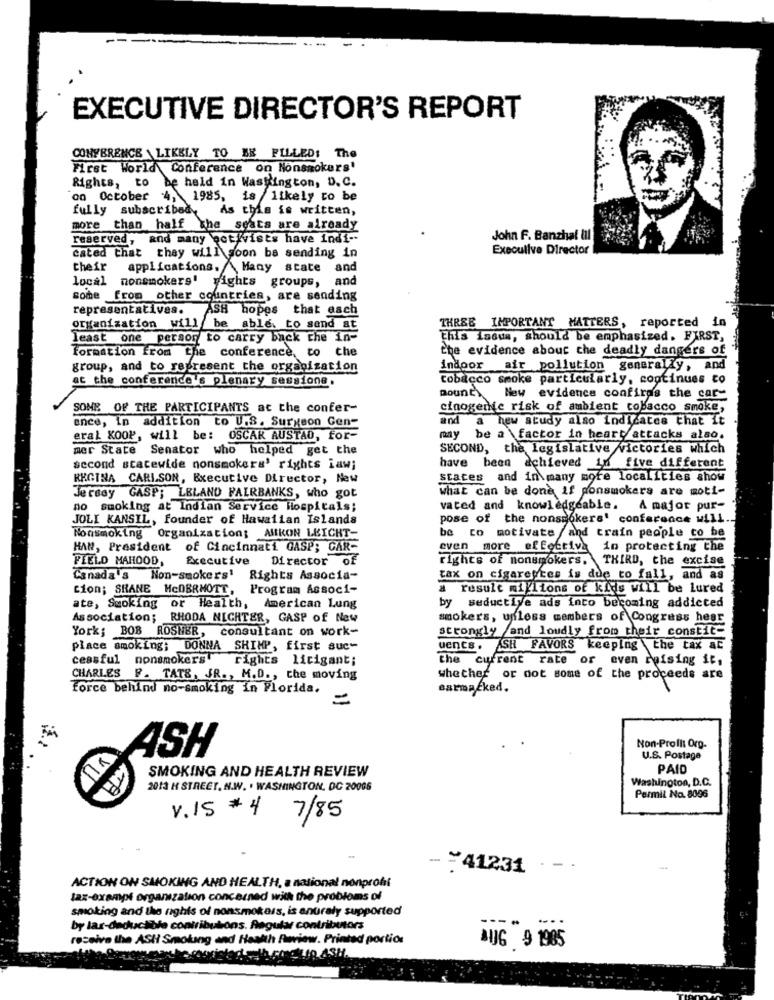
EXECUTIVE DIRECTOR'S REPORT
CONFERENCE \ LIKELY TO BE FILLED: The
First World Conference on Nonsmokers'
Rights, to
be held in Washington, D. C.
00 October 4, 1985, is likely to be
fully subscribed, As this is written,
more than half the seats are already
reserved, and many ęot/vists have indi-
John F. Banzhat ill
Executive Director
cated that they will soon ba sending in
their
applications. Many state
and
local nonsmokers!
rights groups, and
some from other countries, are sending
representatives.
ASH hopes that each
organization will be able. to send at
THREE IMPORTANT MATTERS, reported in
least one person to carry back the in-
This isdus, should be emphasized. FIRST,
Formation from the conference, to the
the evidence about the deadly dangers of
group, and to represent the organization
indoor air pollution generally, and
at the conference's plenary sessione.
tobacco smoke particularly, continues to
Bouncy
New evidence confiras the cac-
SONE OF THE PARTICIPANTS ac the confer-
cinogenie risk of ambient tobacco smoke,
ence, in addition to U.S. Surgeon Gen-
and a hew study also indicates that it
eral KOOP, will be: OSCAR AUSTAD, for-
may be a factor in heart attacks also.
mer State Senator who helped get the
SECOND, the legislative victories which
second statewide nonsmokers' rights iaw;
have been achieved in five different
REGINA CARLSON, Executive Director, New
states and in many more localities show
what can be done if ponsmokers are moti-
Jersey GASP; LELAND FAIRBANKS, who got
no smoking at Indian Service Hospitals;
vated and knowledgeable.
A major pur-
JOLI KANSIL, founder of Hawaiian Islands
pose of the nonsmokers' conference will ..
be
Nonsmoking Organization; AMKON LEICHT-
to motivate /and train people co be
HAN, President of Cincinnati GASP; CAR-
even more of Eetrivs
in protecting the
PIELO MAHOOD, Executive Director of
rights of nonsmokers. THIRD, the excise
Canada's Non-smokers' Rights Associa-
tax on cigarettes is due to fall, and as
cion; SRANE MCDERMOTT,
Program Associ-
a result millions of kids will be Lured
ate, Smoking or Health, American Lung
by seductive ads into becoming addicted
Association; RHODA NIGHTER, GASP of New
smokers, unless members of Congress hear
York; BOB ROSNER, consultant on work-
strongly and loudly from their constit-
place smoking; DONNA SHIMP, first suc-
uencs. SR FAVORS keeping the tax ac
cessful nonsmokers" rights licigant;
the current rate or even reising it,
CHARLES F. TATS, JR ., M.D ., the moving
whether or not some of the proceeds are
Force behind no-smoking in Florida.
sarmacked.
=
Non-Profit Org-
ASH
U.S. Postage
SMOKING AND HEALTH REVIEW
PAID
Washington, D.C.
2013 H STREET. N.W. . WASHINGTON, DC 20006
Permil Na. 8006
V.15 #4 7/85
- = 41231 . - .
ACTION ON SMOKING AND HEALTH, a national nonprofit
tax-exampi organization concerned with the problems of
smoking and the rights of nonsmokers, is anuraly supported
by las-deductible contributions. Regular contributors
receive the ASH Smoking and Health fwview. Printed portion
AUG 9 1985